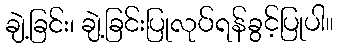
ချဲ့ခြင်း၊ ချဲ့ခြင်းပြုလုပ်ရန်ခွင့်ပြုပါ။